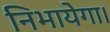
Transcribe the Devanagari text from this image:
निभायेगा।